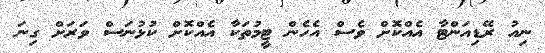
ނިއު ރޭޑިއަންޓާ އެއްކޮށް ވެސް އެހެން ޓީމުތަކާ އެއްކޮށް ކުޅުނަސް ވަރަށް ގިނަ